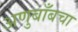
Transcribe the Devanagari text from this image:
अणुबाँबचा